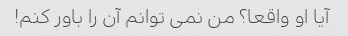
آیا او واقعا؟ من نمی توانم آن را باور کنم!